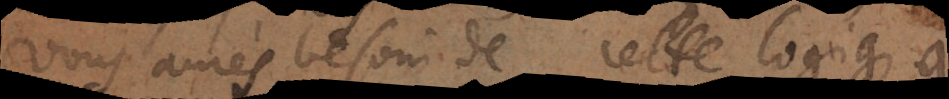
vous avés besoin de cette logique